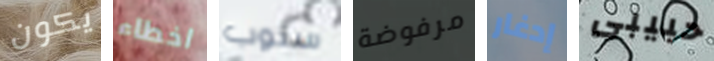
يكون اخطاء سنوب مرفوضة إدغار حبيبى